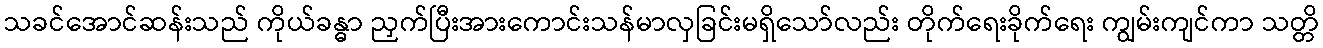
သခင်အောင်ဆန်းသည် ကိုယ်ခန္ဓာ ညှက်ပြီးအားကောင်းသန်မာလှခြင်းမရှိသော်လည်း တိုက်ရေးခိုက်ရေး ကျွမ်းကျင်ကာ သတ္တိ